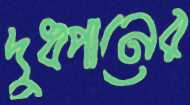
দুধপানের